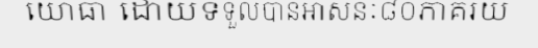
យោធា ដោយទទួលបានអាសនៈ៨០ភាគរយ